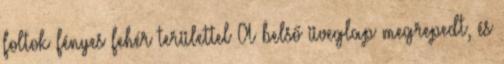
foltok fényes fehér területtel A belső üveglap megrepedt, és